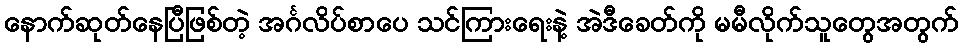
နောက်ဆုတ်နေပြီဖြစ်တဲ့ အင်္ဂလိပ်စာပေ သင်ကြားရေးနဲ့ အဲဒီခေတ်ကို မမီလိုက်သူတွေအတွက်